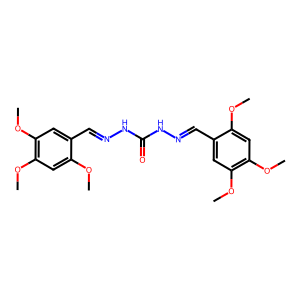
SMILES: COc1cc(OC)c(OC)cc1C=NNC(=O)NN=Cc1cc(OC)c(OC)cc1OC
Inhibits HIV replication: No